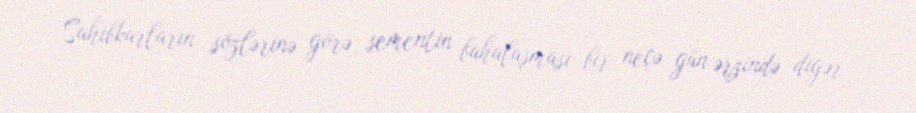
Sahibkarların sözlərinə görə, sementin bahalaşması bir neçə gün ərzində digər